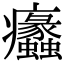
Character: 𤼠